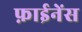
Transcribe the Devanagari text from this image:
फ़ाईनेंस